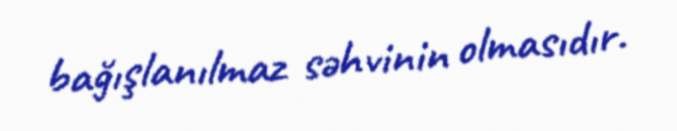
bağışlanılmaz səhvinin olmasıdır.